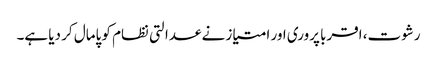
رشوت، اقربا پروری اور امتیاز نے عدالتی نظام کو پامال کر دیا ہے۔